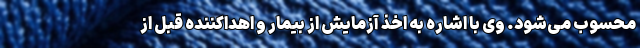
محسوب می‌شود. وی با اشاره به اخذ آزمایش از بیمار و اهداکننده قبل از